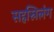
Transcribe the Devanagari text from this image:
सहस्रिलंग